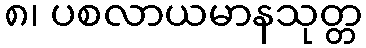
၈၊ ပစလာယမာနသုတ္တ